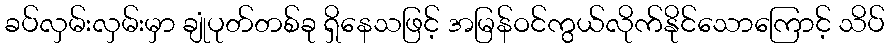
ခပ်လှမ်းလှမ်းမှာ ချုံပုတ်တစ်ခု ရှိနေသဖြင့် အမြန်ဝင်ကွယ်လိုက်နိုင်သောကြောင့် သိပ်